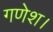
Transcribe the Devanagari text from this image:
गणेश।